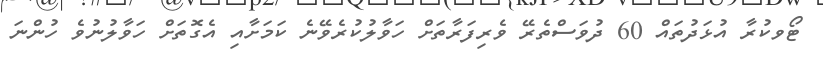
ޓޯވކުރާ އުޅަދުތައް 60 ދުވަސްތެރޭ ވެރިފަރާތަށް ހަވާލުކުރެވޭނެ ކަމަށާއި އެގޮތަށް ހަވާލުނުވެ ހުންނަ